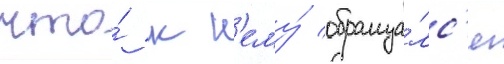
что́ к н'ему́ обраща́лс'я